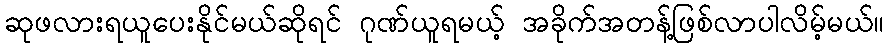
ဆုဖလားရယူပေးနိုင်မယ်ဆိုရင် ဂုဏ်ယူရမယ့် အခိုက်အတန့်ဖြစ်လာပါလိမ့်မယ်။